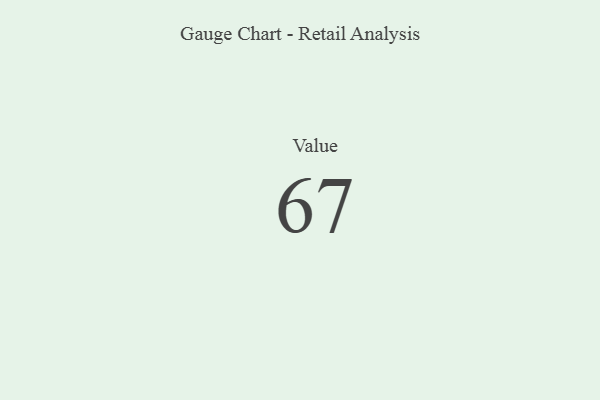
{"axis": {"x": "Metric", "y": "Value"}, "legend": [""], "data": [{"x": "Value", "y": 67, "type": ""}]}